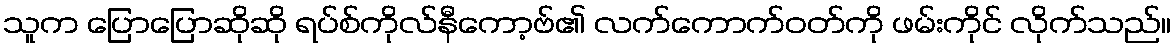
သူက ပြောပြောဆိုဆို ရပ်စ်ကိုလ်နီကော့ဗ်၏ လက်ကောက်ဝတ်ကို ဖမ်းကိုင် လိုက်သည်။